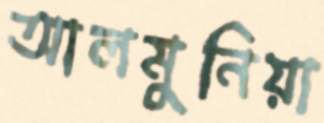
আলমুনিয়া